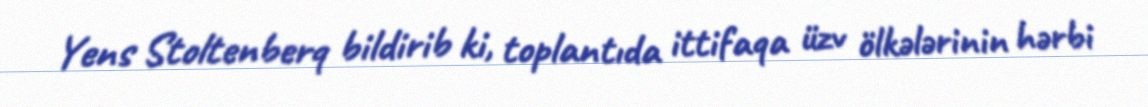
Yens Stoltenberq bildirib ki, toplantıda ittifaqa üzv ölkələrinin hərbi